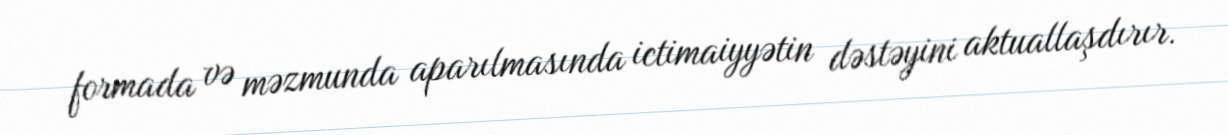
formada və məzmunda aparılmasında ictimaiyyətin dəstəyini aktuallaşdırır.